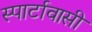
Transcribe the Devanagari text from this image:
स्पार्टावासी